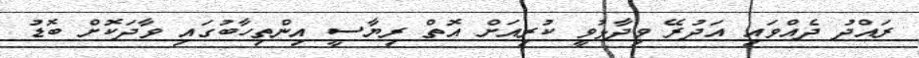
ރައްދު ދެއްވައި އަދުރޭ ވިދާޅުވީ ކުރިއަށް އޮތް ރިޔާސީ އިންތިހާބުގައި ވާދަކޮށް ބޮޑު